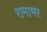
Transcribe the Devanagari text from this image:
रामाभर